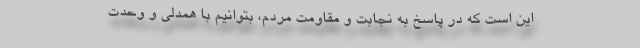
این است که در پاسخ به نجابت و مقاومت مردم، بتوانیم با همدلی و وحدت